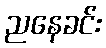
ညနေခင်း